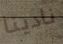
نادينا